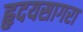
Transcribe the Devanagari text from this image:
हृदयसागरा